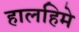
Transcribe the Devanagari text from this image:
हालहिमे